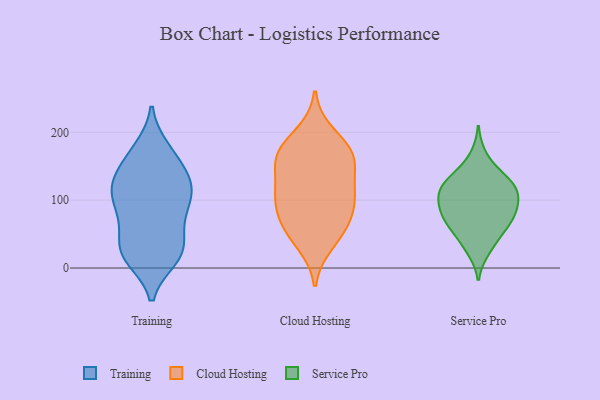
{"axis": {"x": "Inventory Turnover", "y": "Value"}, "legend": ["Cloud Hosting", "Service Pro", "Training"], "data": [{"x": "", "y": 112, "type": "Training"}, {"x": "", "y": 29, "type": "Training"}, {"x": "", "y": 134, "type": "Training"}, {"x": "", "y": 20, "type": "Training"}, {"x": "", "y": 130, "type": "Training"}, {"x": "", "y": 80, "type": "Training"}, {"x": "", "y": 15, "type": "Training"}, {"x": "", "y": 33, "type": "Training"}, {"x": "", "y": 175, "type": "Training"}, {"x": "", "y": 166, "type": "Training"}, {"x": "", "y": 129, "type": "Training"}, {"x": "", "y": 127, "type": "Training"}, {"x": "", "y": 21, "type": "Training"}, {"x": "", "y": 58, "type": "Training"}, {"x": "", "y": 91, "type": "Training"}, {"x": "", "y": 102, "type": "Training"}, {"x": "", "y": 113, "type": "Training"}, {"x": "", "y": 19, "type": "Training"}, {"x": "", "y": 168, "type": "Training"}, {"x": "", "y": 78, "type": "Training"}, {"x": "", "y": 123, "type": "Cloud Hosting"}, {"x": "", "y": 165, "type": "Cloud Hosting"}, {"x": "", "y": 51, "type": "Cloud Hosting"}, {"x": "", "y": 116, "type": "Cloud Hosting"}, {"x": "", "y": 170, "type": "Cloud Hosting"}, {"x": "", "y": 173, "type": "Cloud Hosting"}, {"x": "", "y": 36, "type": "Cloud Hosting"}, {"x": "", "y": 62, "type": "Cloud Hosting"}, {"x": "", "y": 95, "type": "Cloud Hosting"}, {"x": "", "y": 96, "type": "Cloud Hosting"}, {"x": "", "y": 155, "type": "Cloud Hosting"}, {"x": "", "y": 162, "type": "Cloud Hosting"}, {"x": "", "y": 198, "type": "Cloud Hosting"}, {"x": "", "y": 105, "type": "Cloud Hosting"}, {"x": "", "y": 70, "type": "Cloud Hosting"}, {"x": "", "y": 137, "type": "Service Pro"}, {"x": "", "y": 72, "type": "Service Pro"}, {"x": "", "y": 106, "type": "Service Pro"}, {"x": "", "y": 108, "type": "Service Pro"}, {"x": "", "y": 34, "type": "Service Pro"}, {"x": "", "y": 96, "type": "Service Pro"}, {"x": "", "y": 166, "type": "Service Pro"}, {"x": "", "y": 87, "type": "Service Pro"}, {"x": "", "y": 111, "type": "Service Pro"}, {"x": "", "y": 133, "type": "Service Pro"}, {"x": "", "y": 128, "type": "Service Pro"}, {"x": "", "y": 65, "type": "Service Pro"}, {"x": "", "y": 112, "type": "Service Pro"}, {"x": "", "y": 87, "type": "Service Pro"}, {"x": "", "y": 73, "type": "Service Pro"}, {"x": "", "y": 126, "type": "Service Pro"}, {"x": "", "y": 66, "type": "Service Pro"}, {"x": "", "y": 26, "type": "Service Pro"}, {"x": "", "y": 52, "type": "Service Pro"}]}